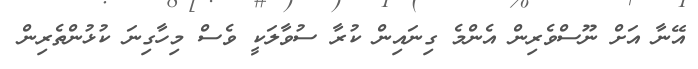
އޭނާ އަށް ނޫސްވެރިން އެންމެ ގިނައިން ކުރާ ސުވާލަކީ ވެސް މިހާގިނަ ކުޅުންތެރިން